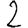
Digit: 2